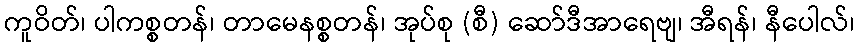
ကူဝိတ်၊ ပါကစ္စတန်၊ တာမေနစ္စတန်၊ အုပ်စု (စီ) ဆော်ဒီအာရေဗျ၊ အီရန်၊ နီပေါလ်၊